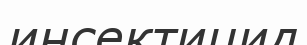
инсектицид